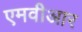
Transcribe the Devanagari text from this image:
एमवीआर